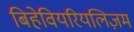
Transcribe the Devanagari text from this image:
बिहेवियरियलिज़म